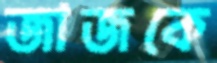
জাজকে